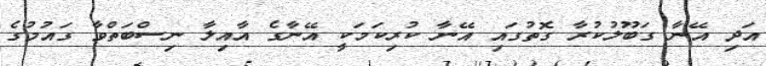
އަދި އޭނާ ގަބޫލުކުރާ ގޮތުގައި އޭނާ ކުރިކަމަކީ އޭނާގެ އާއިލާ ނިސްބަތްވާ ގައުމުގެ